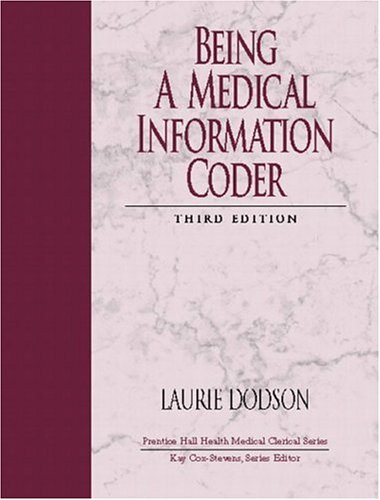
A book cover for Being a Medical Information Coder (3rd Edition); Laurie S. Dodson MPH  RHIA; Medical Books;